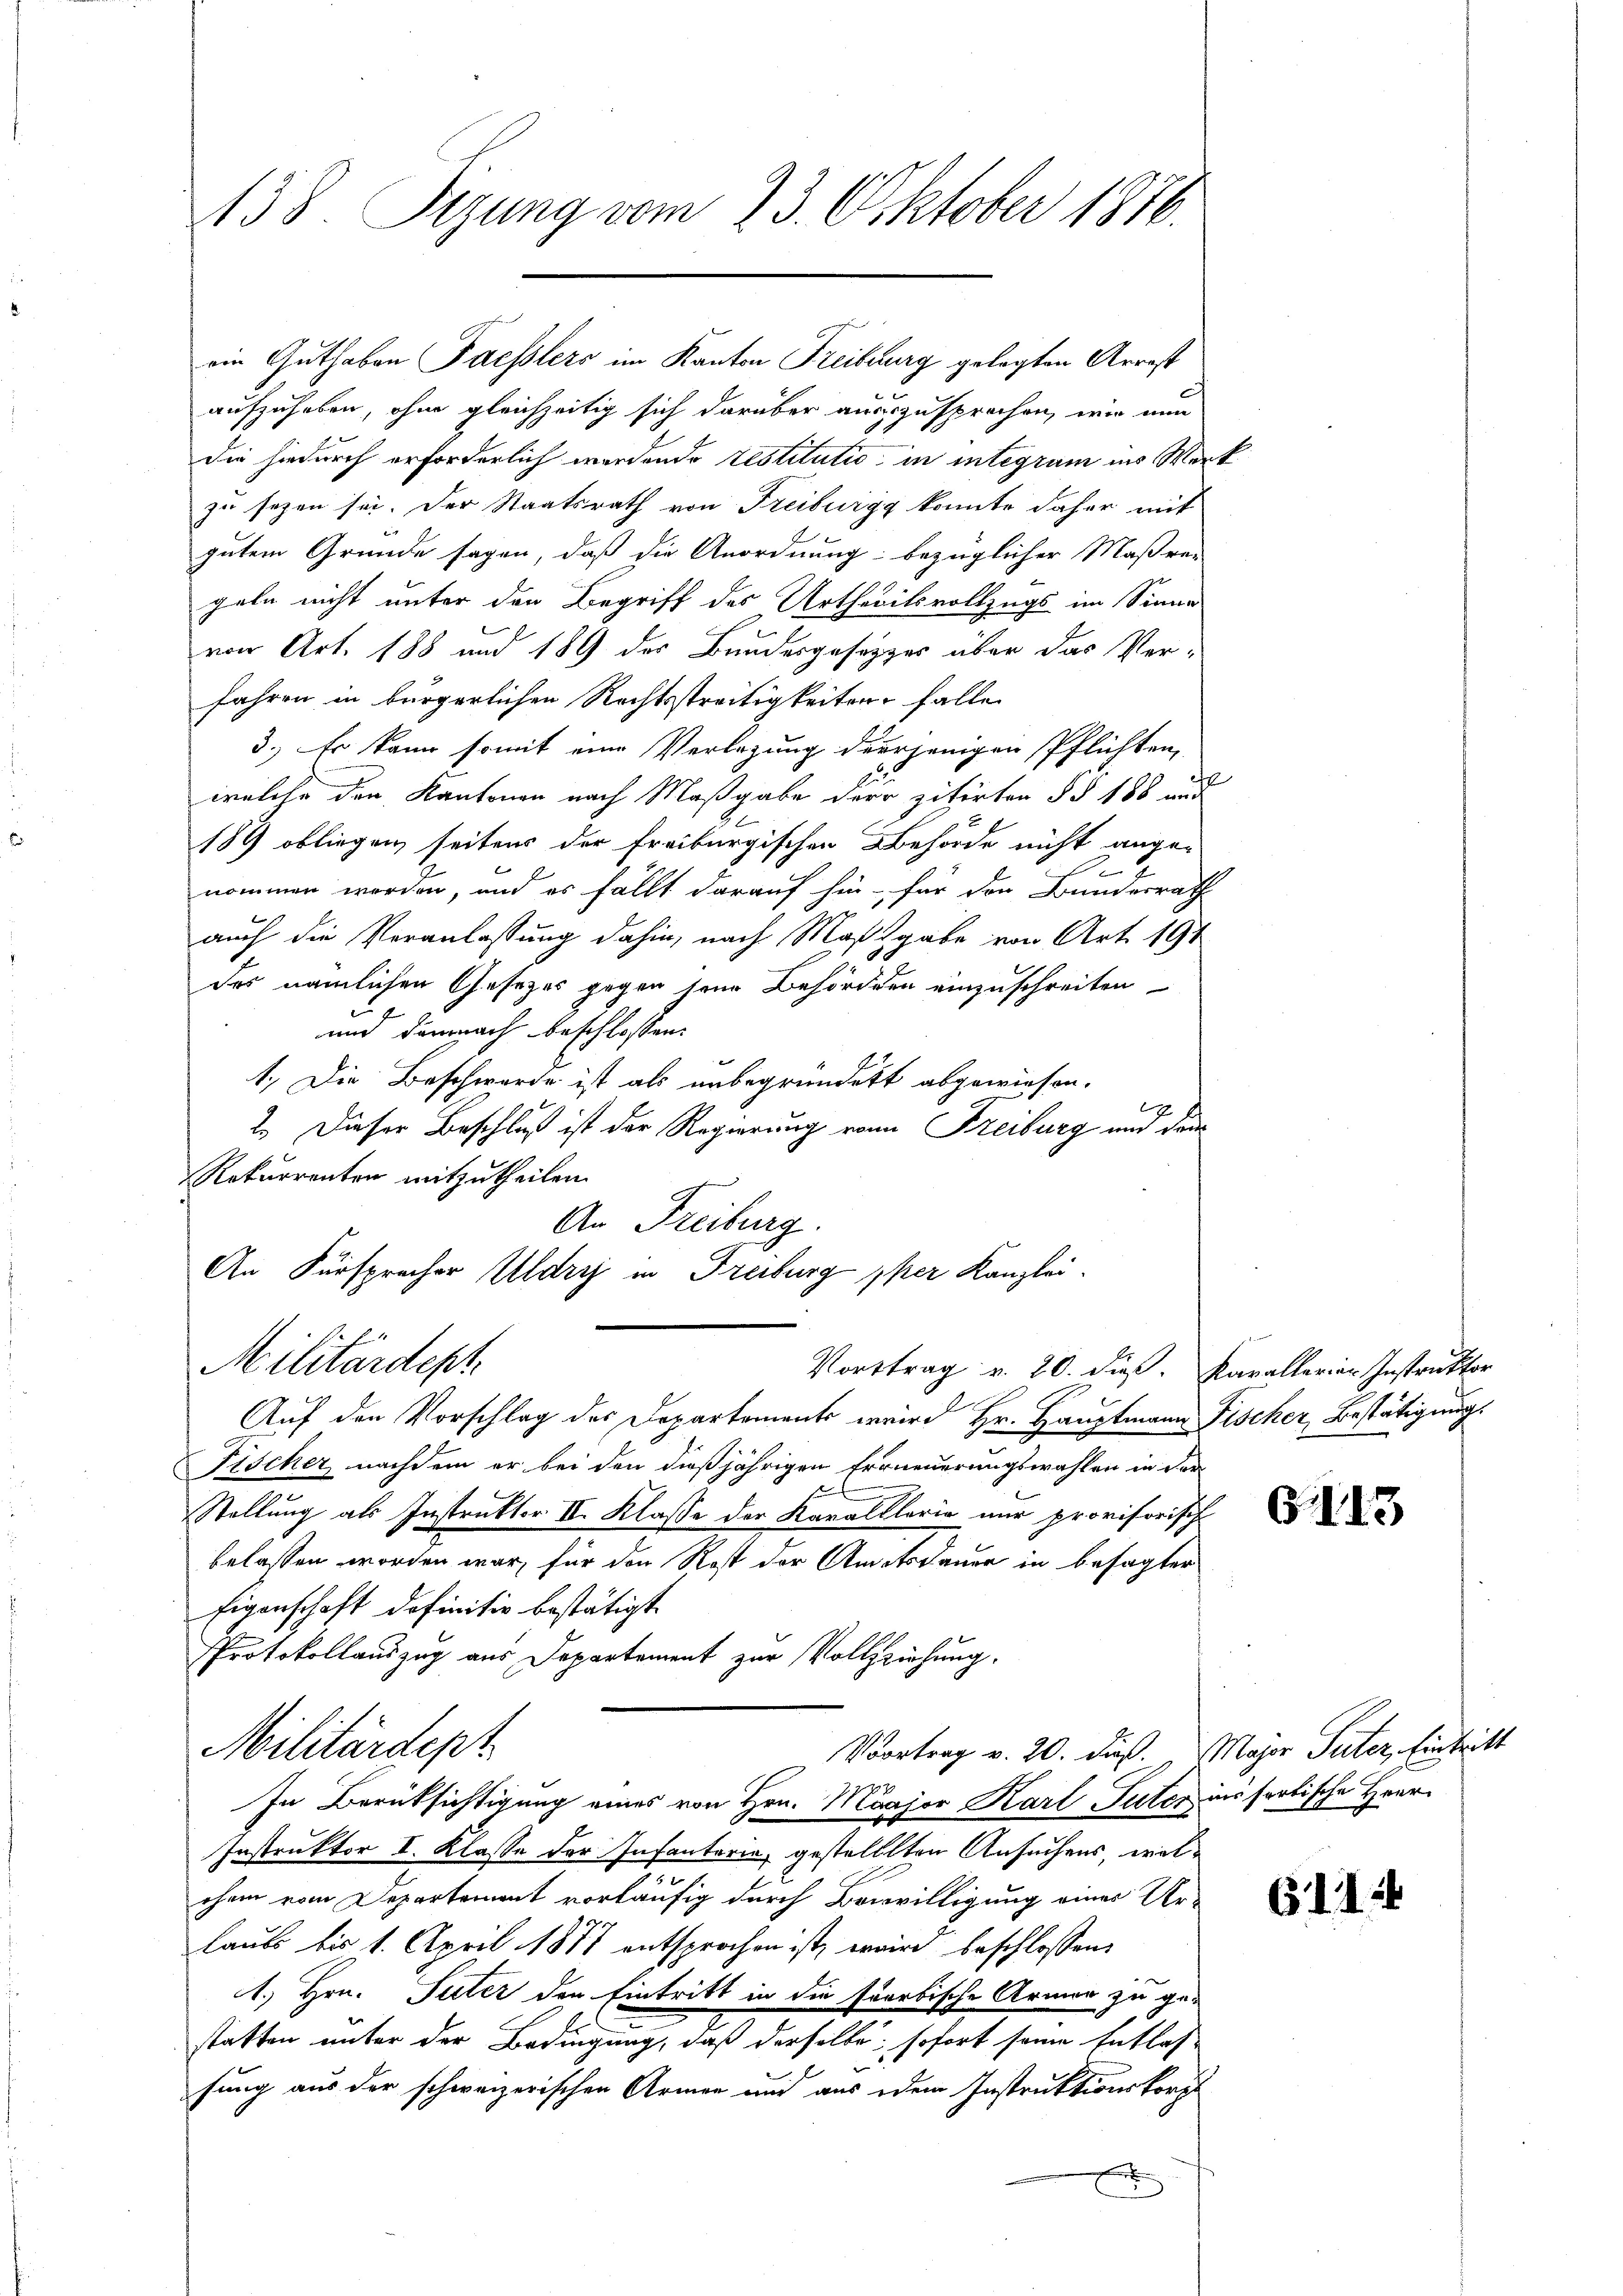
158. Sizung vom 23. Oktober 1816.

ein Guthaben Faesslers im Kanton Freiburg gelegten Arrest
aufzuheben, ohne gleichzeitig sich darüber auszusprochen, wie nun
die hiedurch erforderlich wordende restitutio in integrum ins Werk
zu sezen sei. Der Staatsrath von Freiburgg konnte daher mit
gutem Grunde sagen, daß die Anordnung bezüglicher Maßre-
geln nicht unter den Begriff des Urtheitsvollzugs im Sinne
von Art. 188 und 189 der Bundesgesetzes über das Verfahren in bürgerlichen Rechtsstreitigkeiten falle.
3.) Es kann somit eine Verlegung derjenigen Pflichten,
welche den Kantonen nach Maßgabe der zitirten §§ 188 und
189 obliegen seitens der Freiburgischen Behörde nicht ange-
nommen werden, und es fällt darauf hin, für den Bundesrath
auch die Veranlassung dahin, nach Maßgabe von Art. 191
des nämlichen Gesetzes gegen seine Behörden einzuschreiten
und demnach beschlossen:
1.) Die Beschwerde ist als unbegründet abgewiesen.
2. Dieser Beschluß ist der Regierung von Freiburg und dam
Rekurrenten mitzutheilen.
An Freiburg.
An Fürsprecher Uldryj in Freiburg pper Kanzlei.
Militärdept
Vorttrag v. 20. dieß. Karallerier Instruktor
Auf den Vorschlag des Departements wird Hr. Hauptmann Fischer Bestätigung.
Fischer nachdem er bei den dießjährigen Erneuerungswahlen in der
Stellung als Instruktor II. Klasse der Karalllerie nur provisorisch
Erlassen worden war, für den Rost der Amtsdauer in besagter
Eigenschaft definitiv bestätigt.
Protokollauszug aus Departement zur Vollziehung.
Militärdept
Vortrag v. 20. dieß. Major Suter, Eintritt
In Berüksichtigung eines von Hrn. Major Karl Suter ins fertische Herrn
Instruktor I. Klasse der Infantaria, gestellten Ansuchens, welchem vom Departement vorläufig durch Bewilligung eines Ur-
laubs bis 1. April 1871 entsprochen ist, erwird beschlossen:
1.) Hrn. Suter den Eintritt in die farbische Armer zu ge-
statten unter der Bedingung, daß derselbe, sofort seine Entlas-
fung aus der schweizerischen Armen und aus dem Instruktionskorps
x
x

G13

6114